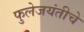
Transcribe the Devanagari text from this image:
फुलेजयंतीचे